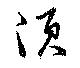
湏